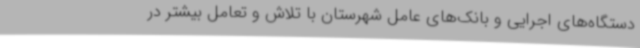
دستگاه‌های اجرایی و بانک‌های عامل شهرستان با تلاش و تعامل بیشتر در